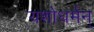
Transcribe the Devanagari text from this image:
यशोधर्मन्‌